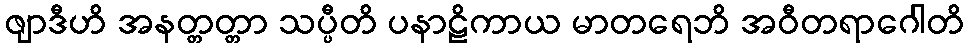
ဇျာဒီဟိ အနတ္တတ္တာ သပ္ပီတိ ပနာဠိကာယ မာတရေဘိ အဝီတရာဂေါတိ